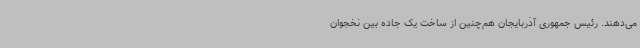
می‌دهند. رئیس جمهوری آذربایجان هم‌چنین از ساخت یک جاده بین نخجوان